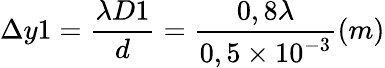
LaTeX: \Delta y1=\frac{\lambda D1}{d}=\frac{0,8\lambda}{0,5\times 10^{-3}}(m)